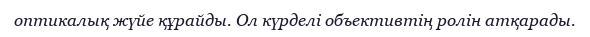
оптикалық жүйе құрайды. Ол күрделі объективтің ролін атқарады.